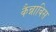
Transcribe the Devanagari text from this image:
कैन्नाबिस